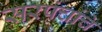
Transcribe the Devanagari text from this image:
सरपंचांचे